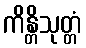
ကိန္တိသုတ္တံ